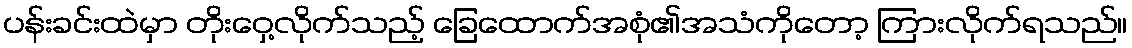
ပန်းခင်းထဲမှာ တိုးဝှေ့လိုက်သည့် ခြေထောက်အစုံ၏အသံကိုတော့ ကြားလိုက်ရသည်။